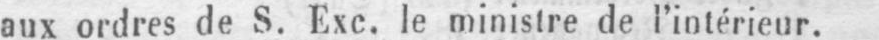
aux ordres de S. Exe. le ministre de l’intérieur.